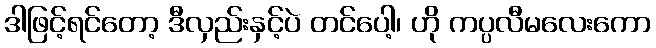
ဒါဖြင့်ရင်တော့ ဒီလှည်းနှင့်ပဲ တင်ပေါ့၊ ဟို ကပ္ပလီမလေးကော